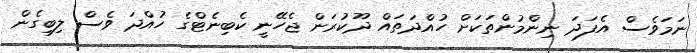
ނަމަވެސް އެފަދަ ނިންމުންތަކަށް ހުއްދަތައް ދޫކުރަން ޖެހޭނީ ކެބިނެޓްގެ ހުއްދަ ވެސް ލިބިގެން